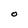
Character: O